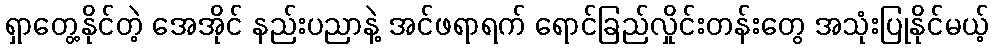
ရှာတွေ့နိုင်တဲ့ အေအိုင် နည်းပညာနဲ့ အင်ဖရာရက် ရောင်ခြည်လှိုင်းတန်းတွေ အသုံးပြုနိုင်မယ့်